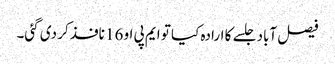
فیصل آباد جلسے کا ارادہ کیا تو ایم پی او 16 نافذ کر دی گئی۔